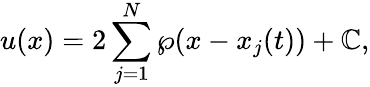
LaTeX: u(x)=2\sum_{j=1}^{N}\wp(x-x_{j}(t))+\mathbb{C},